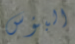
البؤس